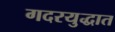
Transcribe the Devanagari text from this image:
गदरयुद्धात